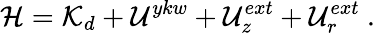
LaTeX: {\cal{H}}={\cal{K}}_{d}+{{\mathcal{U}}^{ykw}}+{\mathcal{U}}_{z}^{ext}+{\mathcal{U}}_{r}^{ext}~{.}